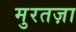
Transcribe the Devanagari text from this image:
मुरतज़ा